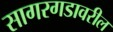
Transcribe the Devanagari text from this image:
सागरगडावरील